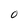
Character: O